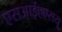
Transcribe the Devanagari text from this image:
एसआईएएसयू